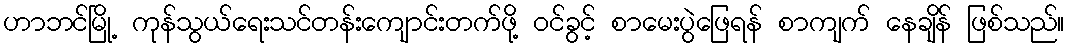
ဟာဘင်မြို့ ကုန်သွယ်ရေးသင်တန်းကျောင်းတက်ဖို့ ဝင်ခွင့် စာမေးပွဲဖြေရန် စာကျက် နေချိန် ဖြစ်သည်။